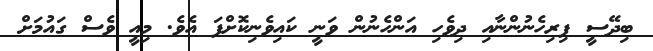
ބިދޭސީ ފިރިހެނުންނާއި ދިވެހި އަންހެނުން ވަނީ ކައިވެނިކޮށްފަ އެވެ. މިއީ ވެސް ގައުމަށް